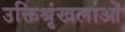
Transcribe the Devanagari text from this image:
उक्तिश्रृंखलाओं